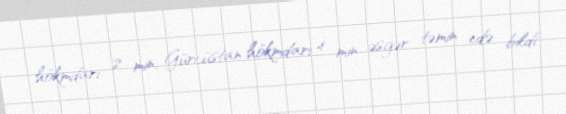
hökmdarı 2 min, Gürcüstan hökmdarı 4 min əsgər təmin edə bildi.